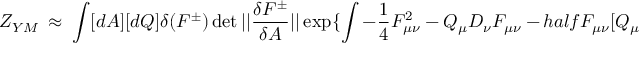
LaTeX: Z _ { Y M } \ \approx \ \int [ d A ] [ d Q ] \delta ( F ^ { \pm } ) \operatorname * { d e t } | | { \frac { \delta F ^ { \pm } } { \delta A } } | | \exp \{ \int - \frac { 1 } { 4 } F _ { \mu \nu } ^ { 2 } \ - \ Q _ { \mu } D _ { \nu } F _ { \mu \nu } \ - \, h a l f F _ { \mu \nu } [ Q _ { \mu } , Q _ { \nu } ]